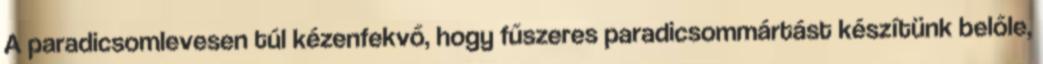
A paradicsomlevesen túl kézenfekvő, hogy fűszeres paradicsommártást készítünk belőle,